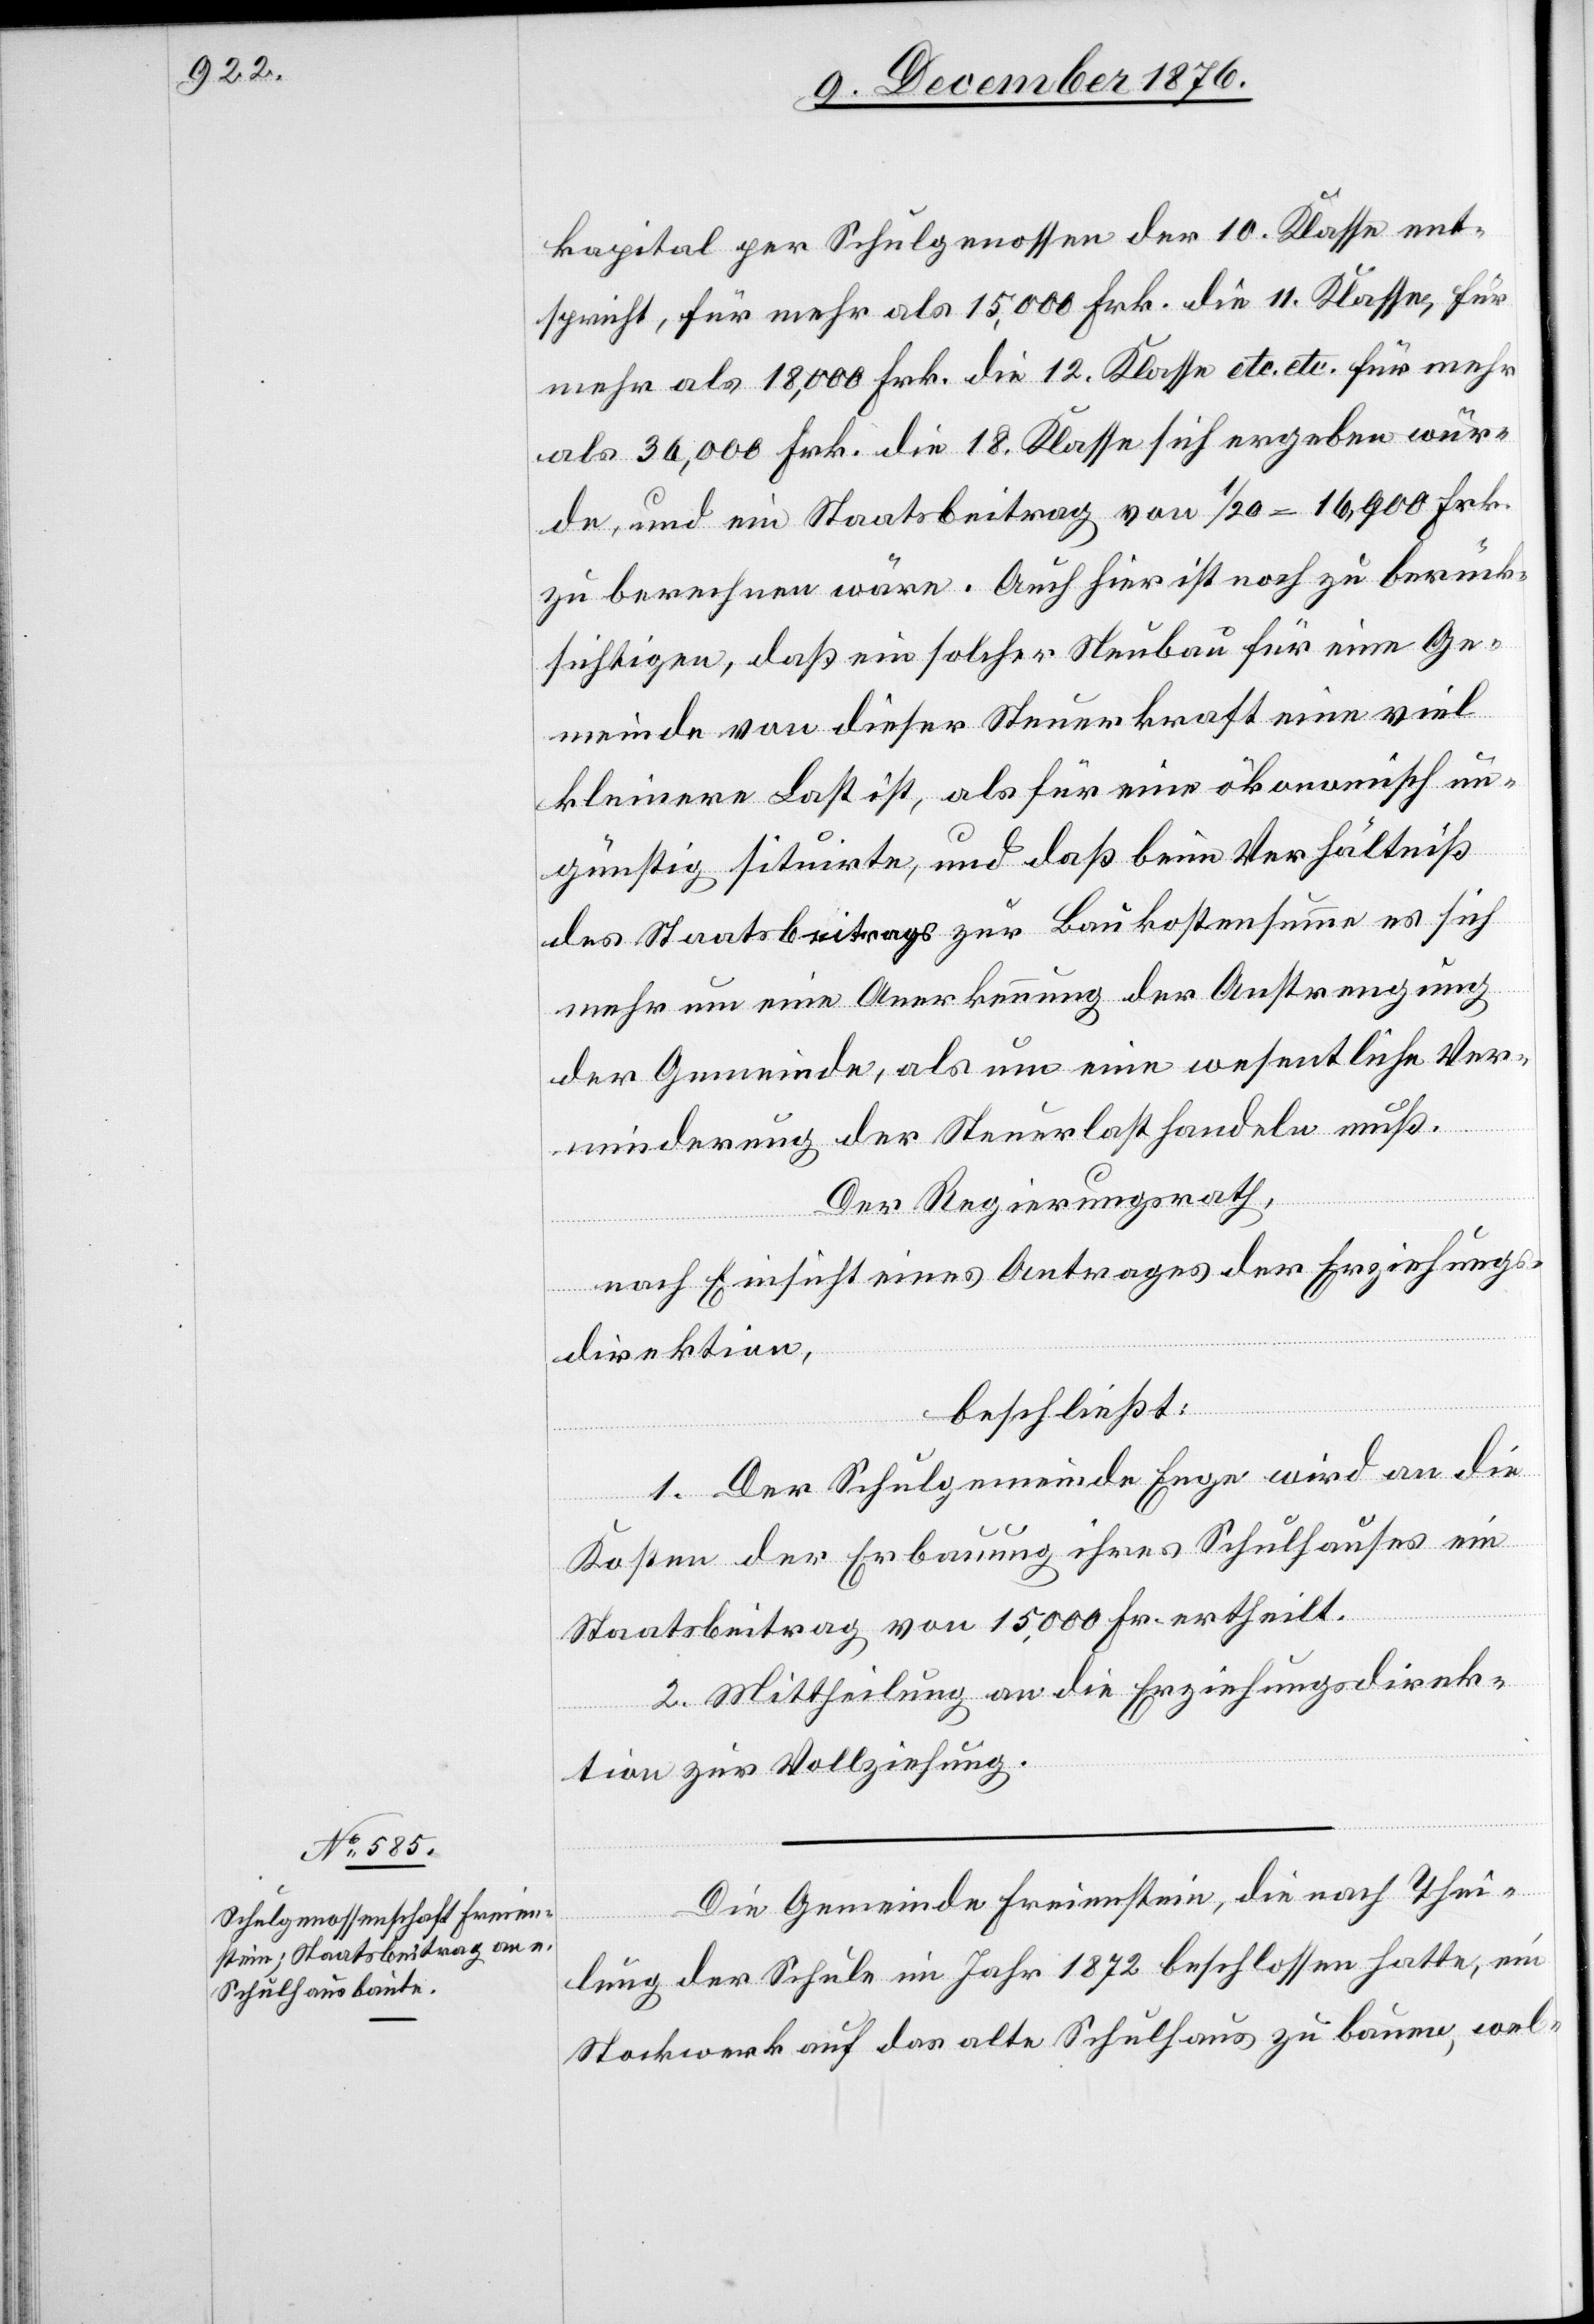
kapital per Schulgenossen der 10. Klasse ent¬
spricht, für mehr als 15,000 Frk. die 12. Klasse etc.
als 36,000 Frk. die 18. Klasse sich ergeben wür¬
de, und ein Staatsbeitrag von 1/20 = 16,900 Frk.
zu berechnen wäre. Auch hier ist noch zu berück¬
sichtigen, daß ein solcher Neubau für eine Ge¬
meinde von dieser Steuerkraft eine viel
kleinere Last ist, als für eine ökonomisch un¬
günstig situirte, und daß beim Verhältniß
des Staatsbeitrags zur Baukostensumme es sich
mehr um eine Anerkennung der Anstrengung
der Gemeinde, als um eine wesentliche Ver¬
minderung der Steuerlast handeln muß.
Der Regierungsrath,
nach Einsicht eines Antrages der Erziehungs¬
direktion,
beschließt:
1. Der Schulgemeinde Enge wird an die
Kosten der Erbauung ihres Schulhauses ein
Staatsbeitrag von 15,000 Fr. ertheilt.
2. Mittheilung an die Erziehungsdirek¬
tion zur Vollziehung.